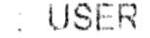
: USER